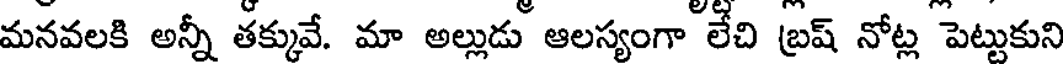
మనవలకి అన్నీ తక్కువే. మా అల్లుడు ఆలస్యంగా లేచి బ్రష్ నోట్ల పెట్టుకుని